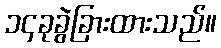
၁၄ခုခွဲခြားထားသည်။